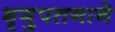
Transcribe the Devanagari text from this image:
भृगुपतनाने